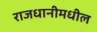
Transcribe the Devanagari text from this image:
राजधानीमधील